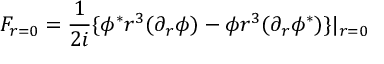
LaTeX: F _ { r = 0 } = \frac { 1 } { 2 i } \lbrace \phi ^ { \ast } r ^ { 3 } ( \partial _ { r } \phi ) - \phi r ^ { 3 } ( \partial _ { r } \phi ^ { \ast } ) \rbrace | _ { r = 0 }